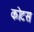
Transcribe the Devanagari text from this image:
कोटस